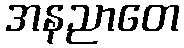
အနညာတေ